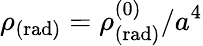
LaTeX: \rho_{\mathrm{(rad)}}=\rho_{\mathrm{(rad)}}^{(0)}/a^{4}